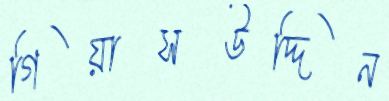
গিয়াসউদ্দিন